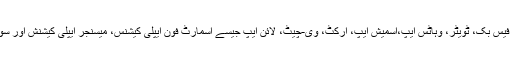
بری، فضائیہ اور بحریہ میںاسمارٹ فونس کے استعمال پر روک کے ساتھ ساتھ فیس بک، ٹویٹر، وہاٹس ایپ،اسمیش ایپ، آرکُٹ، وی-چیٹ، لائن ایپ جیسے اسمارٹ فون ایپلی کیشنس، میسنجر ایپلی کیشنش اور سوشل نیٹ ورکنگ سائٹس کے استعمال پر بھی پوری طرح پابندی لگادی گئی ہے۔